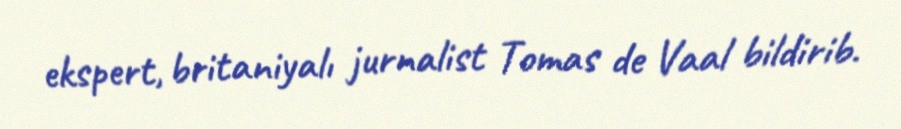
ekspert, britaniyalı jurnalist Tomas de Vaal bildirib.